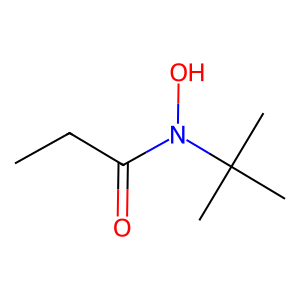
SMILES: CCC(=O)N(O)C(C)(C)C
Inhibits HIV replication: No